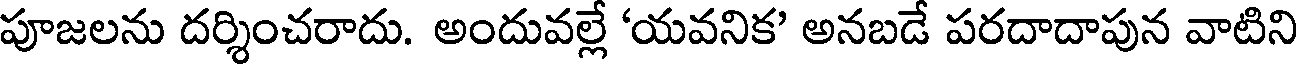
పూజలను దర్శించరాదు. అందువల్లే 'యవనిక' అనబడే పరదాదాపున వాటిని